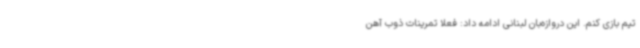
تیم بازی کنم. این دروازه‌بان لبنانی ادامه داد: فعلا تمرینات ذوب آهن